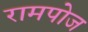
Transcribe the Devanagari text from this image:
रामपोज